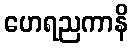
ဟေရညကာနိ